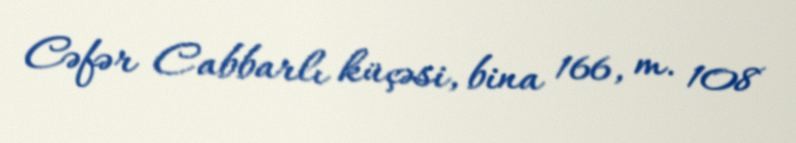
Cəfər Cabbarlı küçəsi, bina 166, m. 108